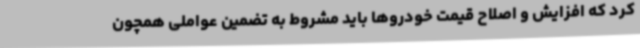
کرد که افزایش و اصلاح قیمت خودروها باید مشروط به تضمین عواملی همچون